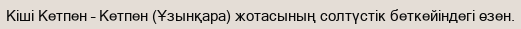
Кіші Кетпен – Кетпен (Ұзынқара) жотасының солтүстік беткейіндегі өзен.